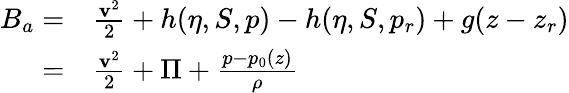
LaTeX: \begin{array}{rl}{B_{a}=}&{{}\frac{{\mathbf v}^{2}}{2}+h(\eta,S,p)-h(\eta,S,p_{r})+g(z-z_{r})}\\ {=}&{{}\frac{{\mathbf v}^{2}}{2}+\Pi+\frac{p-p_{0}(z)}{\rho}}\end{array}